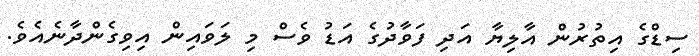
ސިޑްގެ އިތުރުން އާލިޔާ އަދި ފަވާދުގެ އަޑު ވެސް މި ލަވައިން އިވިގެންދާނެއެވެ.